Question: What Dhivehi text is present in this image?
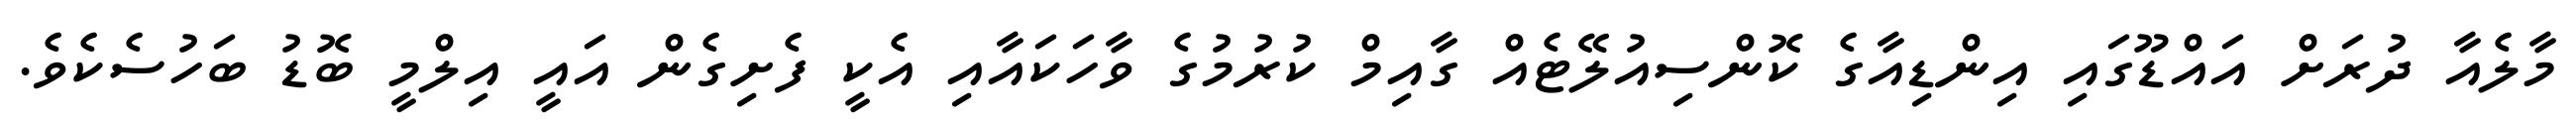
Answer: މާލެއާ ދުރަށް އައްޑޫގައި އިންޑިއާގެ ކޮންސިއުލޭޓެއް ގާއިމް ކުރުމުގެ ވާހަކައާއި އެކީ ފެށިގެން އައީ އިލްމީ ބޮޑު ބަހުސެކެވެ.